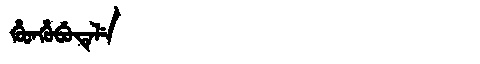
Manchu: ᡥᡠᡨᡥᡠᠪᡠᡨᡝᠯᡝ
Romanization: HUTHUBUTELE